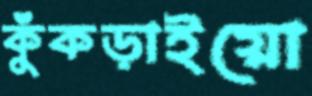
কুঁকড়াইয়ো